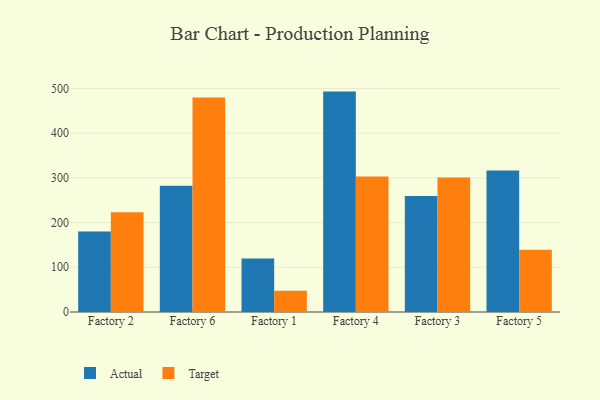
{"axis": {"x": "Factory", "y": "Churn Rate (%)"}, "legend": ["Actual", "Target"], "data": [{"x": "Factory 2", "y": 179.9, "type": "Actual"}, {"x": "Factory 2", "y": 222.9, "type": "Target"}, {"x": "Factory 6", "y": 282.5, "type": "Actual"}, {"x": "Factory 6", "y": 479.8, "type": "Target"}, {"x": "Factory 1", "y": 119.9, "type": "Actual"}, {"x": "Factory 1", "y": 47.4, "type": "Target"}, {"x": "Factory 4", "y": 493.0, "type": "Actual"}, {"x": "Factory 4", "y": 303.2, "type": "Target"}, {"x": "Factory 3", "y": 259.2, "type": "Actual"}, {"x": "Factory 3", "y": 300.9, "type": "Target"}, {"x": "Factory 5", "y": 316.7, "type": "Actual"}, {"x": "Factory 5", "y": 139.3, "type": "Target"}]}